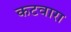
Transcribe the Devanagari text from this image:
कटवारा